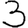
Digit: 3